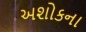
અશોકના